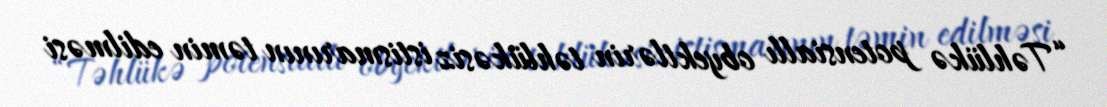
“Təhlükə potensiallı obyektlərin təhlükəsiz istismarının təmin edilməsi